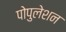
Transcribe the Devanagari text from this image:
पोपुलेशन